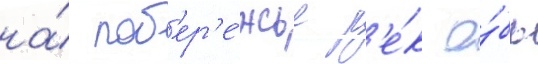
на́ поб'ер'е́жье р'е́к о́бь